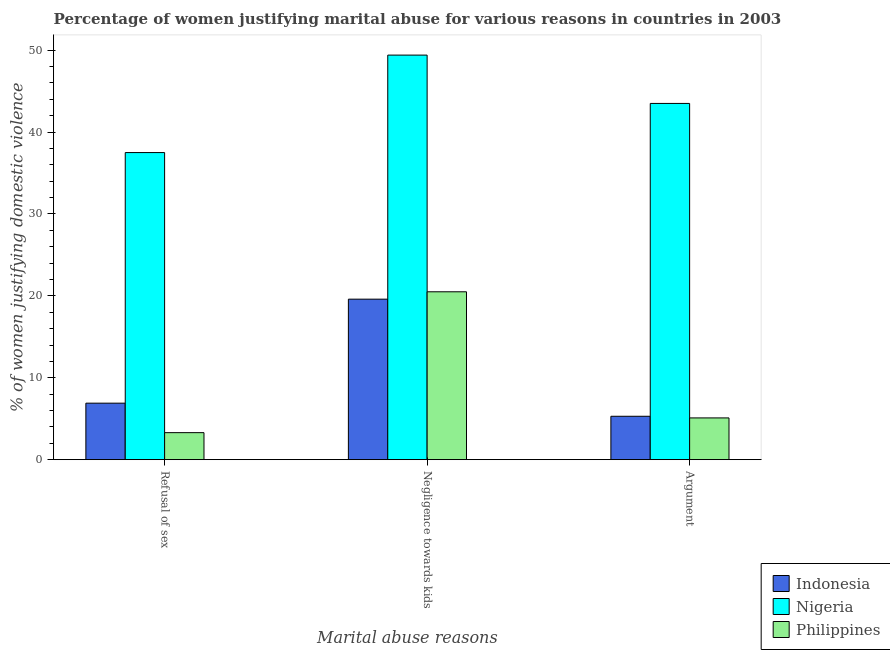
| Marital abuse reasons | Indonesia | Nigeria | Philippines |
 | --- | --- | --- | --- |
 | Refusal of sex | 6.9 | 37.5 | 3.3 |
 | Negligence towards kids | 19.6 | 49.4 | 20.5 |
 | Argument | 5.3 | 43.5 | 5.1 |